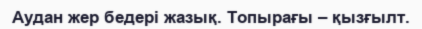
Аудан жер бедері жазық. Топырағы – қызғылт.